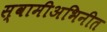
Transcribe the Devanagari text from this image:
स्वामीअभिनीत